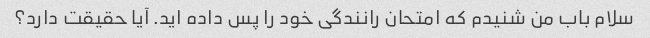
سلام باب من شنیدم که امتحان رانندگی خود را پس داده اید. آیا حقیقت دارد؟